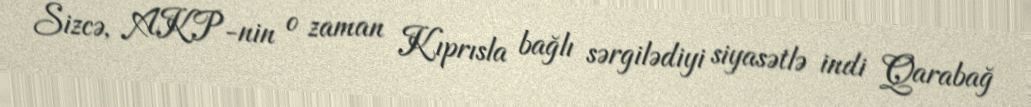
Sizcə, AKP-nin o zaman Kıprısla bağlı sərgilədiyi siyasətlə indi Qarabağ